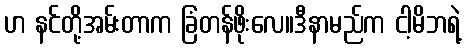
ဟ နင်တို့အမ်းတာက ခြံတန်ဖိုးလေ။ဒီနာမည်က ငါ့မိဘရဲ့